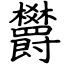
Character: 欝